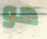
هو